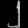
Digit: ၂